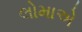
લોમાએ